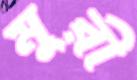
মুরী